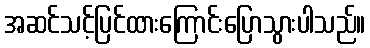
အဆင်သင့်ပြင်ထားကြောင်းပြောသွားပါသည်။